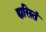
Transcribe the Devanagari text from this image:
ह्यसितं